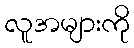
လူအများကို